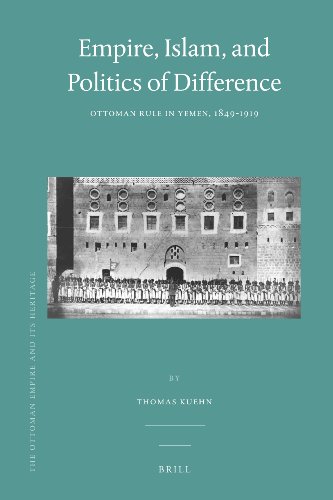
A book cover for Empire, Islam, and Politics of Difference (Ottoman Empire and It's Heritage); Thomas Kuehn; History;